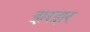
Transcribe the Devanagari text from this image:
झरझर